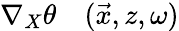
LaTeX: \begin{array}{rl}{\nabla_{X}\theta}&{{}(\vec{x},z,\omega)}\end{array}